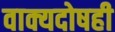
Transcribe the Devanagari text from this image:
वाक्यदोषही